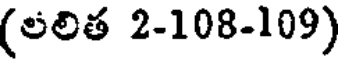
(లలిత 2-108-109)